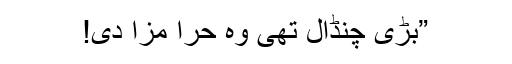
”بڑی چنڈال تھی وہ حرا مزا دی!